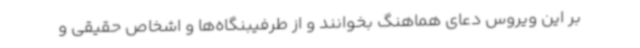
بر این ویروس دعای هماهنگ بخوانند و از طرفیبنگاه‌ها و اشخاص حقیقی و